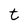
Character: t